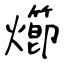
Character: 㸅